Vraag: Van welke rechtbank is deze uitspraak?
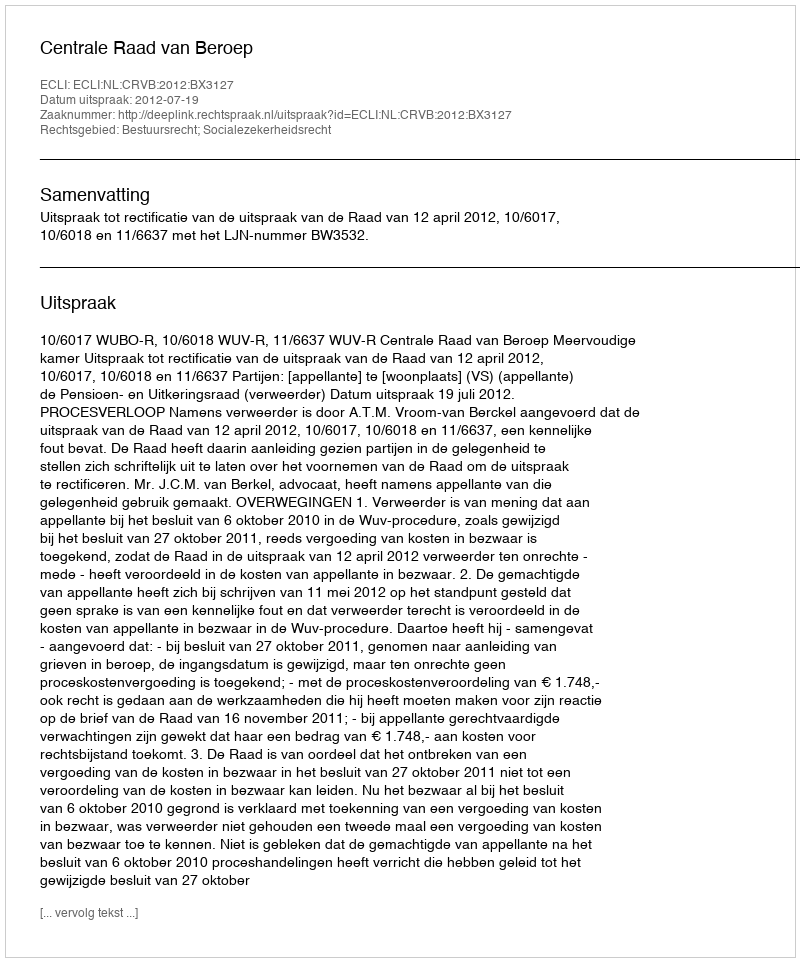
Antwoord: Centrale Raad van Beroep